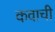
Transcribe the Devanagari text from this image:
कवाची